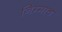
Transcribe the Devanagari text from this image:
निम्माच